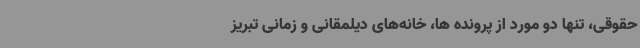
حقوقی، تنها دو مورد از پرونده ها، خانه‌های دیلمقانی و زمانی تبریز